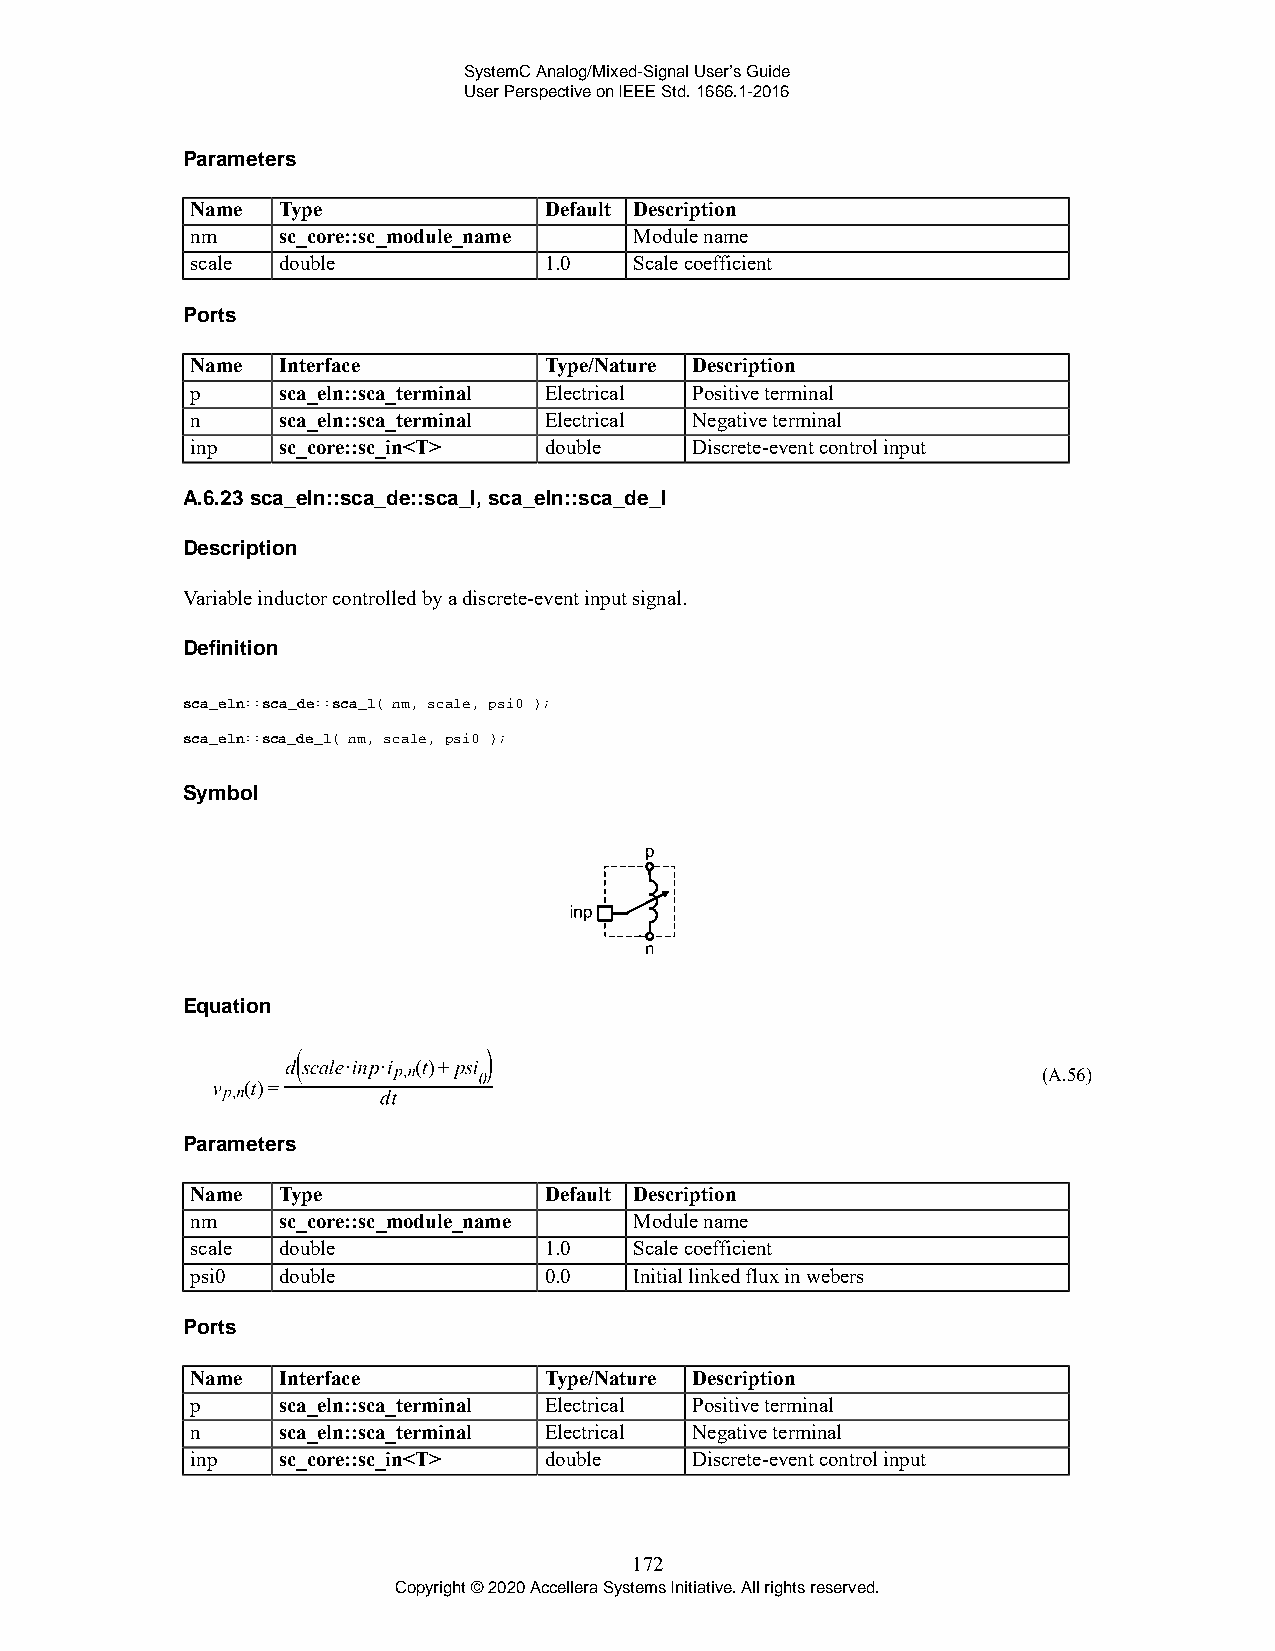
SystemC Analog/Mixed-Signal User’s Guide
 User Perspective on IEEE Std. 1666.1-2016
 Parameters
 Name Type              Default Description
 nm   sc_core::sc_module_name Module name
 scale double           1.0   Scale coefficient
 Ports
 Name Interface         Type/Nature Description
 p    sca_eln::sca_terminal Electrical Positive terminal
 n    sca_eln::sca_terminal Electrical Negative terminal
 inp  sc_core::sc_in<T> double    Discrete-event control input
 A.6.23 sca_eln::sca_de::sca_l, sca_eln::sca_de_l
 Description
 Variable inductor controlled by a discrete-event input signal.
 Definition
 sca_eln::sca_de::sca_l( nm, scale, psi0 );
 sca_eln::sca_de_l( nm, scale, psi0 );
 Symbol
 Equation
 (A.56)
 Parameters
 Name Type              Default Description
 nm   sc_core::sc_module_name Module name
 scale double           1.0   Scale coefficient
 psi0 double            0.0   Initial linked flux in webers
 Ports
 Name Interface         Type/Nature Description
 p    sca_eln::sca_terminal Electrical Positive terminal
 n    sca_eln::sca_terminal Electrical Negative terminal
 inp  sc_core::sc_in<T> double    Discrete-event control input
 172
 Copyright © 2020 Accellera Systems Initiative. All rights reserved.